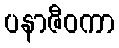
ပနာဇီဝကာ